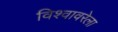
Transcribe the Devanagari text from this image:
विश्वावरेला